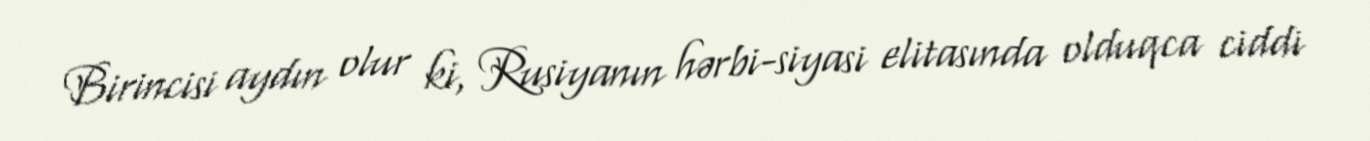
Birincisi aydın olur ki, Rusiyanın hərbi-siyasi elitasında olduqca ciddi